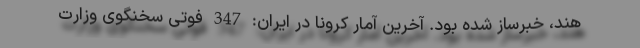
هند، خبرساز شده بود. آخرین آمار کرونا در ایران: 347 فوتی سخنگوی وزارت